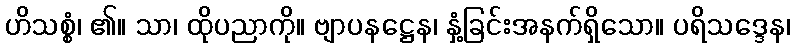
ဟိသစ္စံ၊ ၏။ သာ၊ ထိုပညာကို။ ဗျာပနဋ္ဌေန၊ နှံ့ခြင်းအနက်ရှိသော။ ပရိသဒ္ဒေန၊